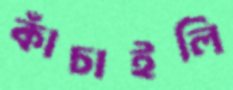
কাঁচাইলি